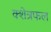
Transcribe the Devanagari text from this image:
क्शेत्रफल